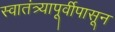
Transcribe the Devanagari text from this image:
स्वातंत्र्यापूर्वीपासून